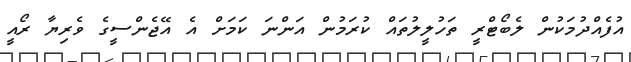
އުފެއްދުމަކުން ލެބޯޓްރީ ތަހުލީލުތައް ކުރަމުން އަންނަ ކަމަށް އެ އޭޖެންސީގެ ވެރިޔާ ރޯއީ